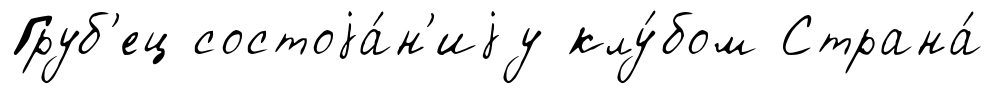
Груб'ец состоjа́н'иjу клу́бом Страна́